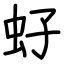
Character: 虸